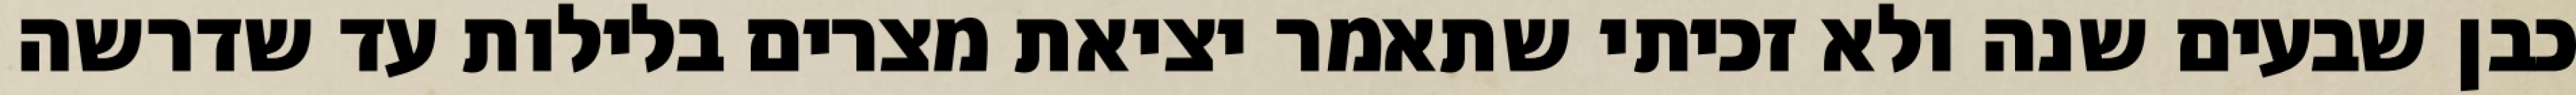
כבן שבעים שנה ולא זכיתי שתאמר יציאת מצרים בלילות עד שדרשה